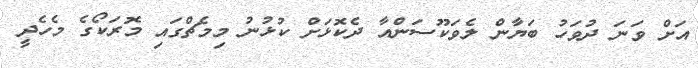
އަށް ވަނަ ދުވަހު ބަޔާން ލެވަކޫސަންއާ ދެކޮޅަށް ކުޅުނު މިމެޗްގައި މޮރަކޯގެ މެހެދީ